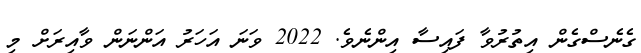
ގެނެސްގެން އިތުރުވާ ފައިސާ އިންނެވެ. 2022 ވަނަ އަހަރު އަންނަން ވާއިރަށް މި